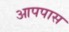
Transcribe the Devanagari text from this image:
आपपास